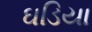
ઘડિયા